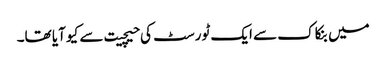
میں بنکاک سے ایک ٹورسٹ کی حیچیت سے کیو آیا تھا۔